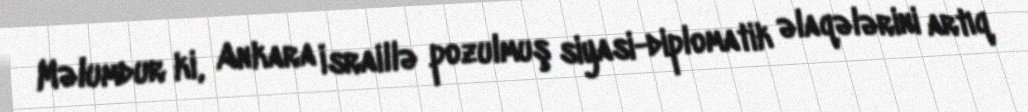
Məlumdur ki, Ankara İsraillə pozulmuş siyasi-diplomatik əlaqələrini artıq